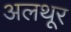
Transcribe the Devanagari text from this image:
अलथूर